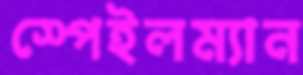
স্পেইলম্যান